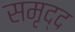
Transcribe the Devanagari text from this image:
समृद्द